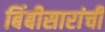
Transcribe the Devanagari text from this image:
बिंबीसारांची